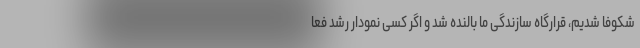
شکوفا شدیم، قرارگاه سازندگی ما بالنده شد و اگر کسی نمودار رشد فعا